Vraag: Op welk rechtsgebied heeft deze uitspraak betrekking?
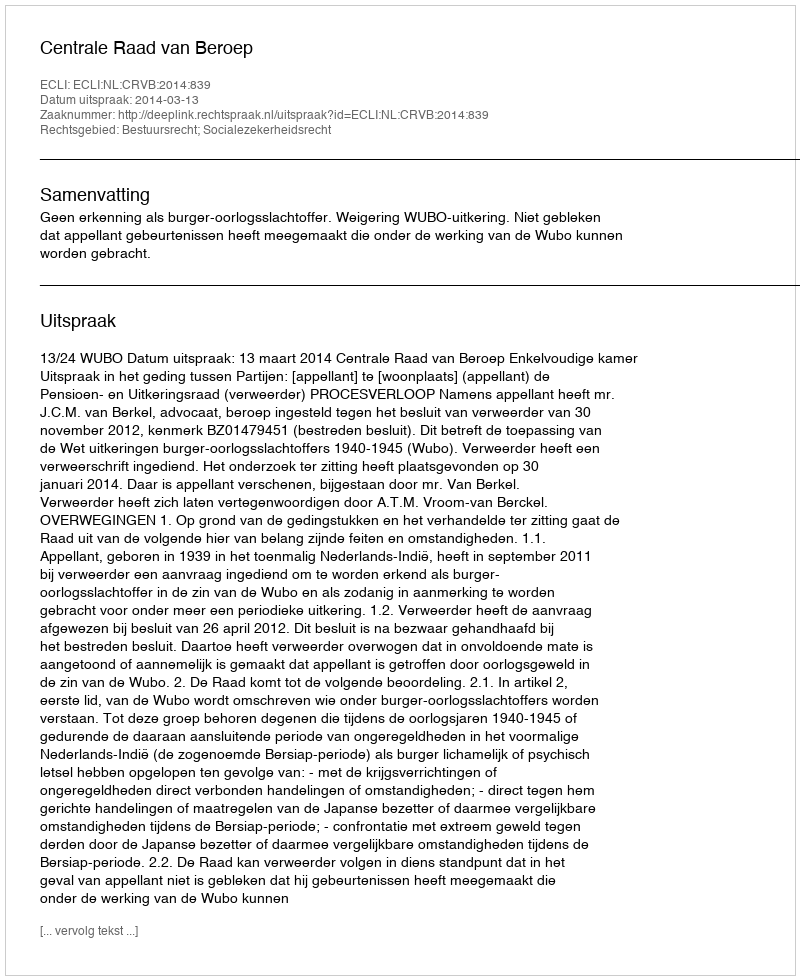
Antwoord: Bestuursrecht; Socialezekerheidsrecht